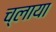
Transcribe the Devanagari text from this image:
च्लाया